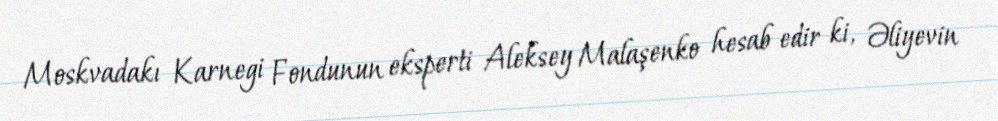
Moskvadakı Karnegi Fondunun eksperti Aleksey Malaşenko hesab edir ki, Əliyevin